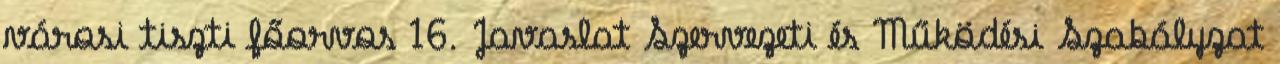
városi tiszti főorvos 16. Javaslat Szervezeti és Működési Szabályzat